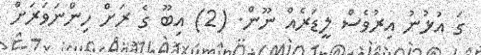
ގަ އުޅުނު އިރުވެސް ލީޑަރެއް ނޫން. (2) އިބޫ ގެ ރަށް ހިންނަވަރަށް